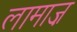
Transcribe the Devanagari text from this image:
लामाज़